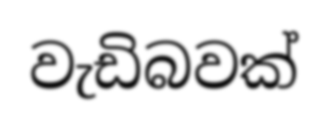
වැඩිබවක්